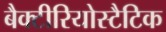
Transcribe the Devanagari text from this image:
बैक्टीरियोस्टैटिक